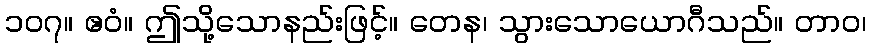
၁၀၇။ ဧဝံ။ ဤသို့သောနည်းဖြင့်။ တေန၊ သွားသောယောဂီသည်။ တာဝ၊